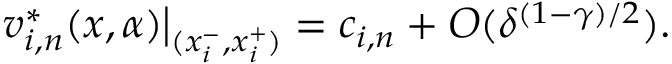
v _ { i , n } ^ { * } ( x , \alpha ) \big \rvert _ { ( x _ { i } ^ { - } , x _ { i } ^ { + } ) } = c _ { i , n } + O ( \delta ^ { ( 1 - \gamma ) / 2 } ) .